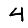
Digit: 4